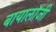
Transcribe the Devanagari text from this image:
बायालॉजी